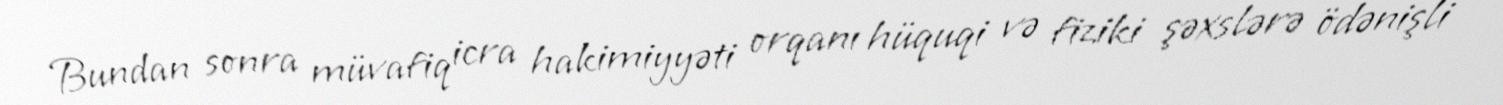
Bundan sonra müvafiq icra hakimiyyəti orqanı hüquqi və fiziki şəxslərə ödənişli